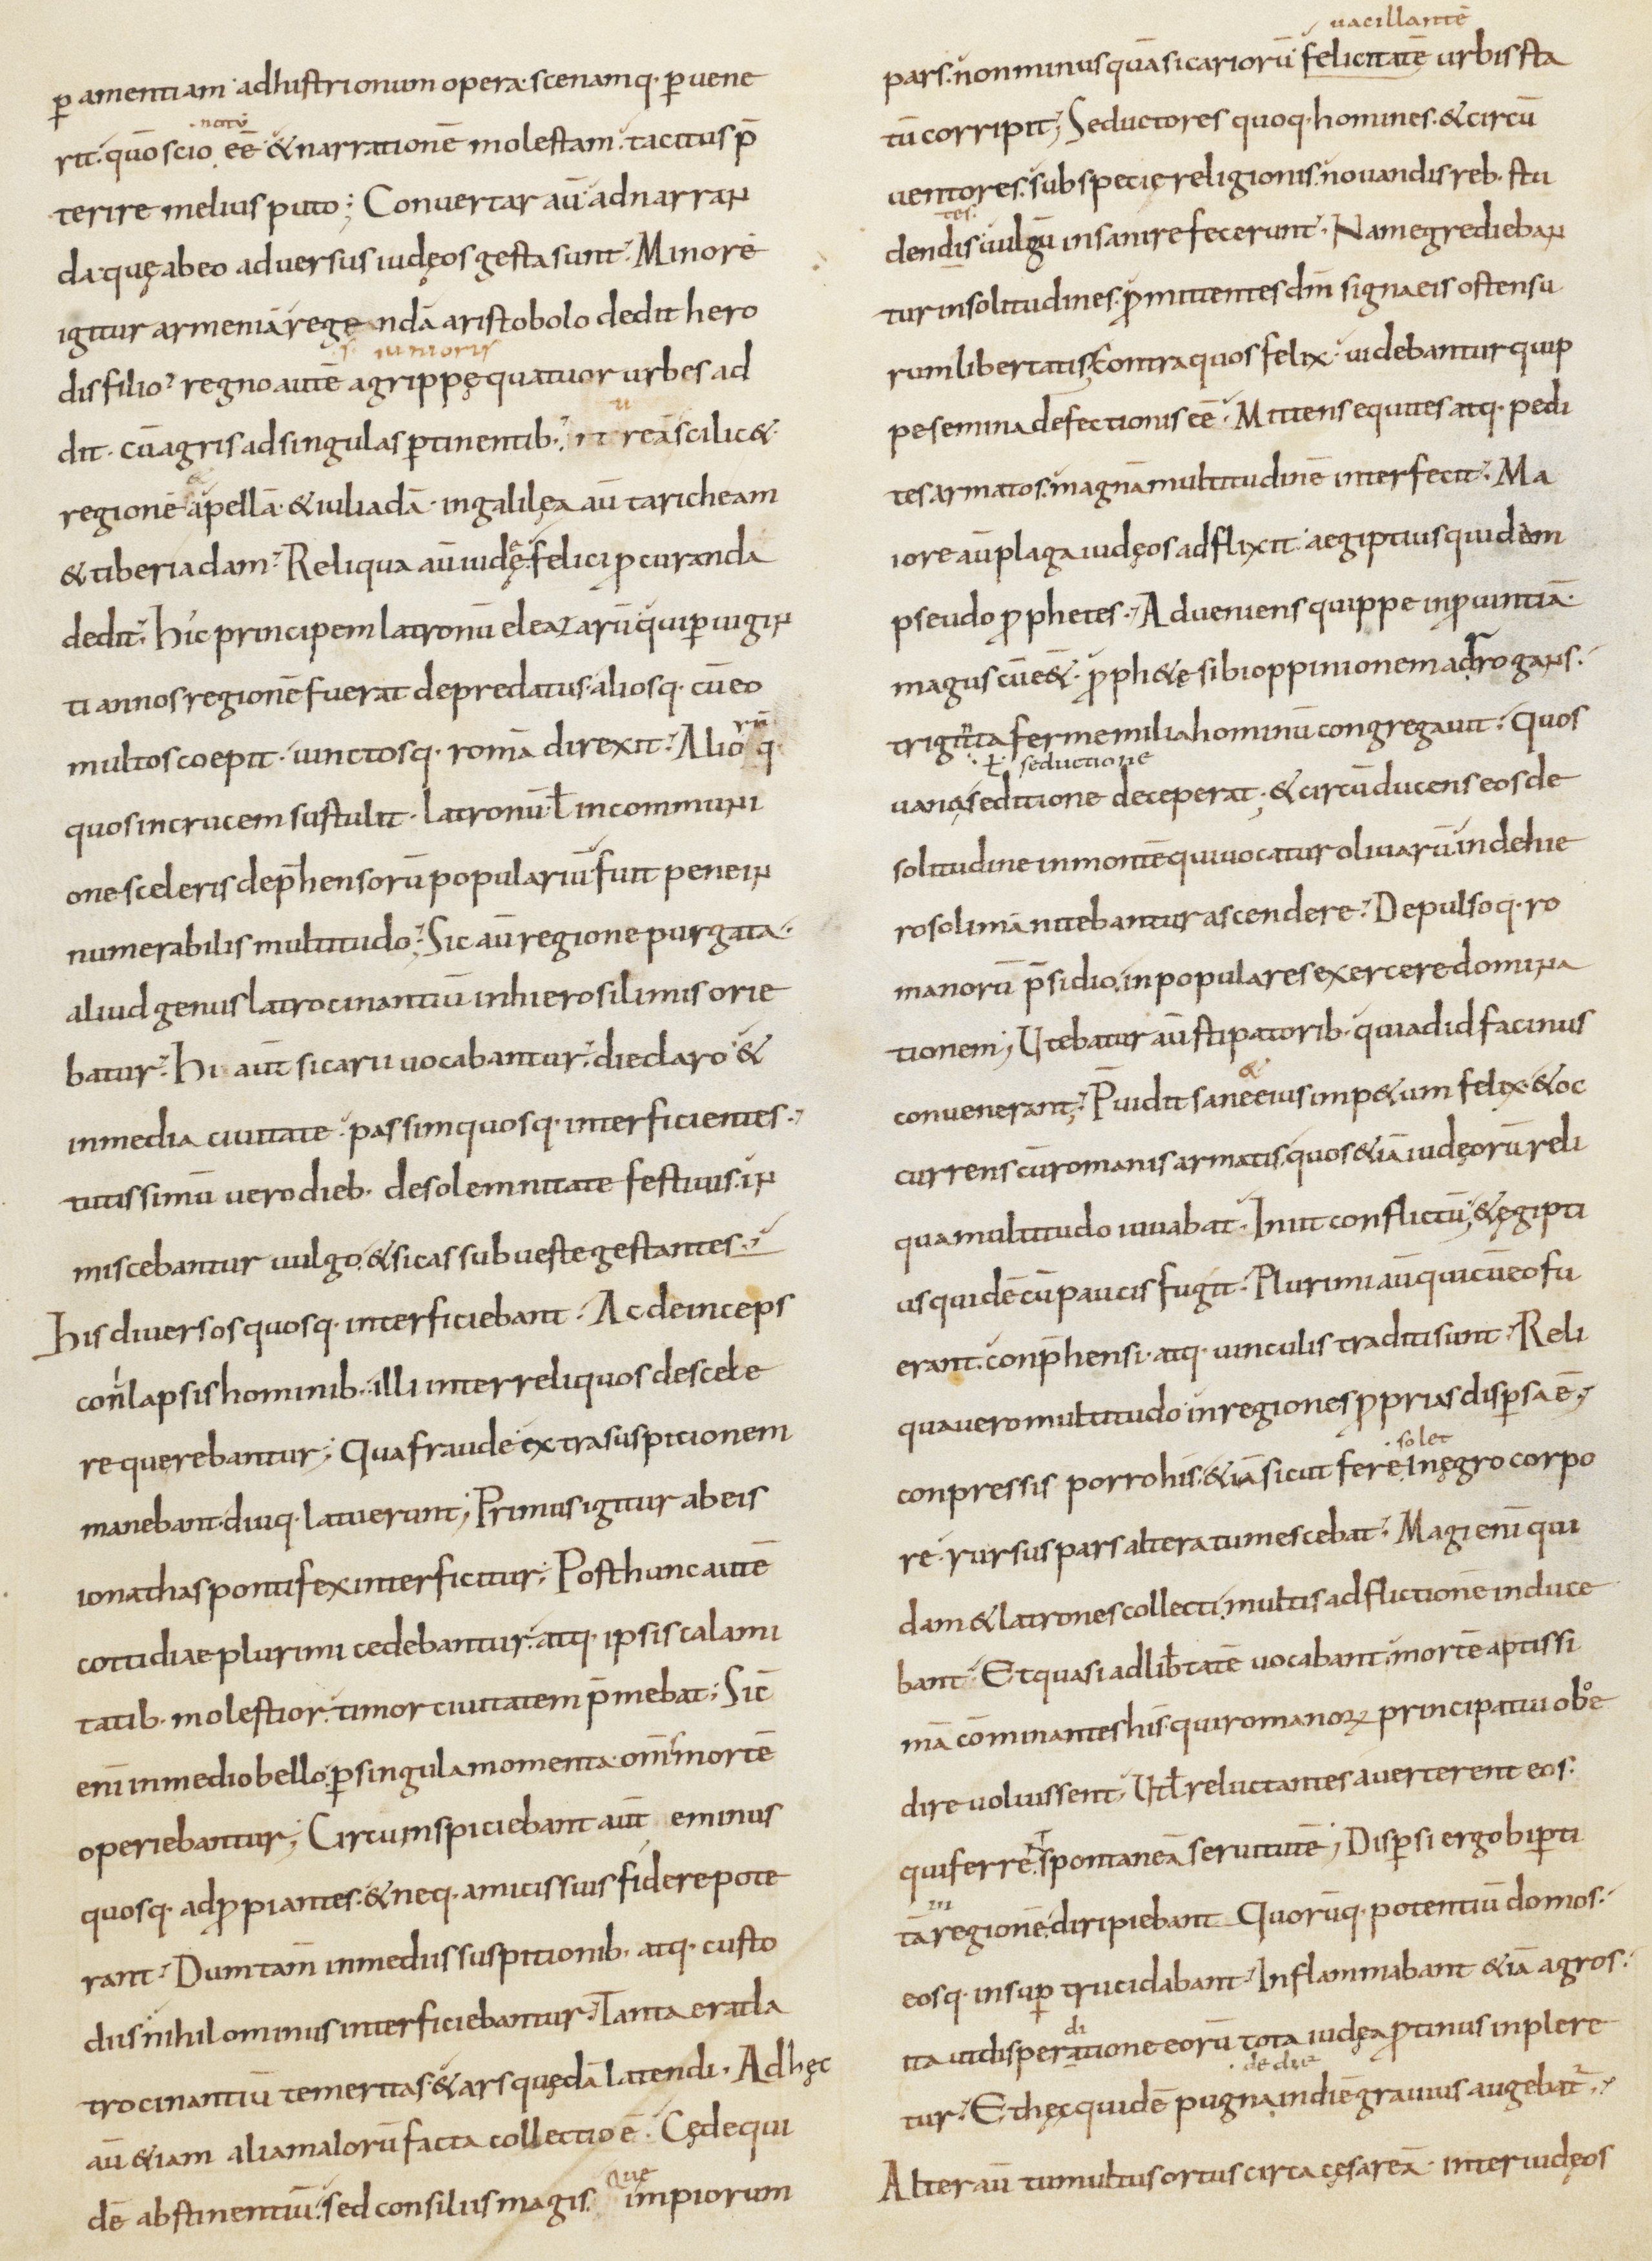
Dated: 800–899